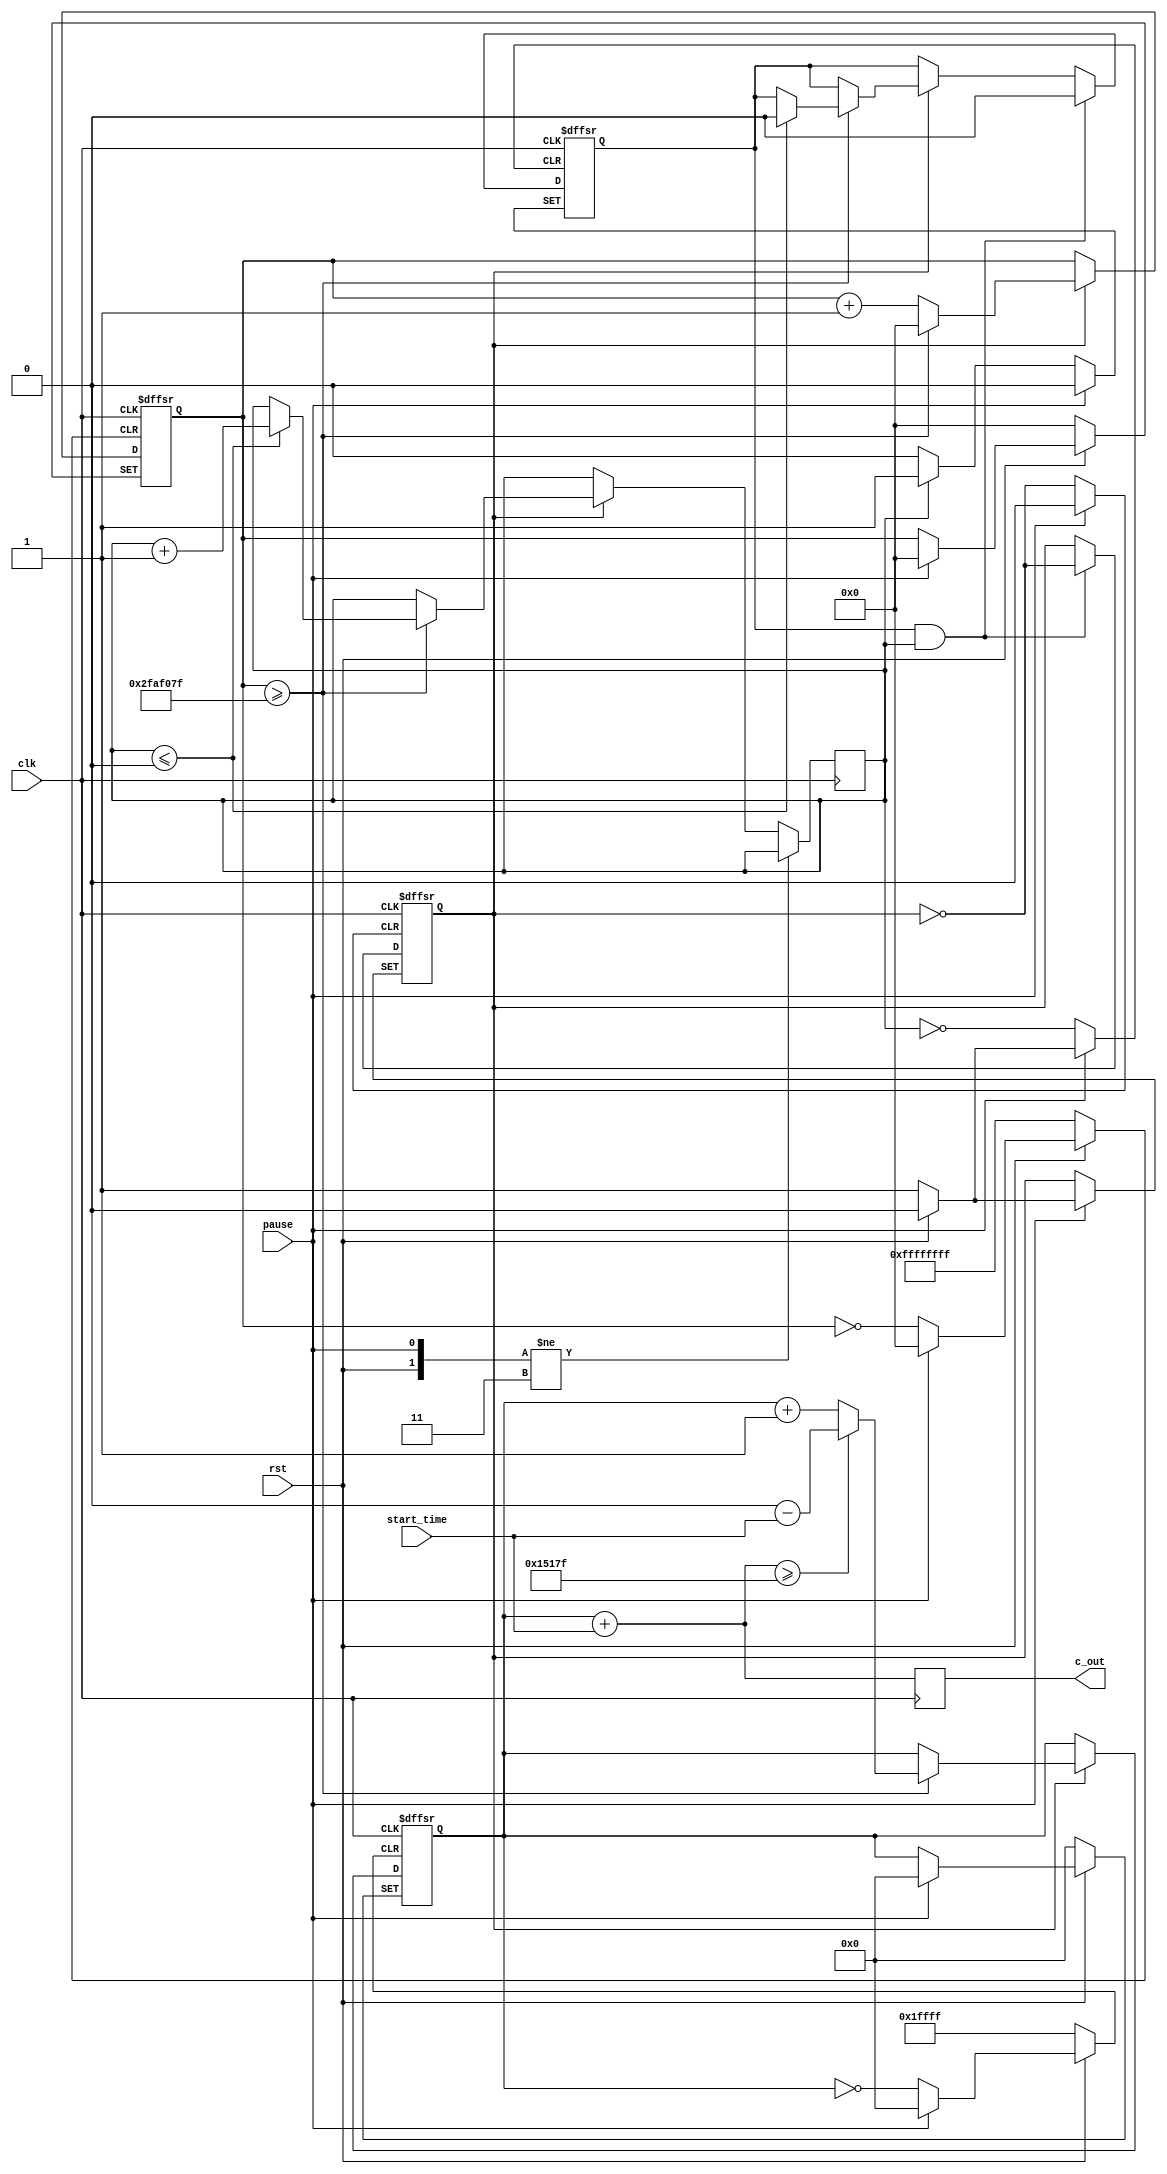
module clock (clk, start_time, rst, pause, c_out);

parameter full_sec = 32'd50000000;	//cycles in full second of 50Mhz clock.
parameter full_day = 17'd86400;		//Seconds in a full day
/*I/O*/
input clk, rst, pause;
input [16:0] start_time;
output [16:0] c_out;				
	
reg [31:0] count = 32'd0;				//Counts every clock cycle.
reg state = 1'd1;							//Keeps track of state (play=1/pause=0).
reg detect = 1'd0;						//Helps detect push of play/pause button.
reg dfault = 2'd0;						//Helps control behaviour on initial run of design.
reg [16:0] c_out_buffer = 17'd0;		//Hold current clock value
reg [16:0] out_buffer = 17'd0;		//Hold output clock value

/*Logic for clock*/
always @(negedge clk or negedge rst or negedge pause)
begin
	if (rst == 0)		//If reset button is pressed, reset state, times, and pause/play detection.
	begin	
		count <= 32'd0;
		c_out_buffer <= 17'd0;
		state <= 1'd1;
		detect <= 1'd0;
	end	
	else 
	begin
		if (pause == 0)		//If pause button is pushed down, set detect to 1.
		begin
			detect <= (dfault == 2'd0) ? 1'd0 : 1'd1;
		end
		else
		begin
			if ((detect == 1'd1) && (dfault != 2'd0))		//If paused button was released from a push down, change states (pause/play).
			begin
				detect <= 1'd0;			//Set detect back to 0.
				state <= ~state;			//Change state.
				if (state == 1'd1)		//If state is play, count. Else, don't count.
				begin
					/*Count*/
					count <= count + 32'd1;
					if (count >= full_sec - 32'd1)	//If 1 second is reached, increment sec.
					begin
						count <= 32'd0;
						c_out_buffer <= ((c_out_buffer + start_time) >= 17'd86399) ? (17'd0 - start_time) : c_out_buffer + 17'd1;
						/*False button push detection*/
						if (dfault <= 2'd0)
						begin
							dfault <= dfault + 2'd1;
							detect <= 1'd0;
						end
					end
				end				
			end
			else			//If paused button was not released from a push down, do not change state.
			begin
				if (state == 1'd1)	//If state is play, count. Else, don't count.
				begin
					count <= count + 32'd1;
					if (count >= full_sec - 32'd1)	//If 1 second is reached, increment sec.
					begin
						count <= 32'd0;
						c_out_buffer <= ((c_out_buffer + start_time) >= 17'd86399) ? (17'd0 - start_time) : c_out_buffer + 17'd1;
						/*False button push detection*/
						if (dfault <= 2'd0)
						begin
							dfault <= dfault + 2'd1;
							detect <= 1'd0;
						end
					end
				end
			end
		end
	end
end	

/*pass correct time to output buffer*/
always @(negedge clk)
begin
	out_buffer <= c_out_buffer + start_time;
end

/*wire outputs*/
assign c_out = out_buffer;

endmodule